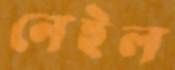
নেইল